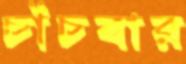
চাঁচবার